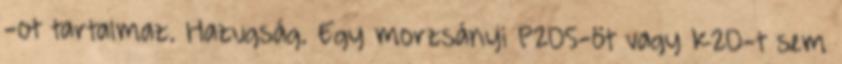
-ot tartalmaz. Hazugság. Egy morzsányi P2O5-öt vagy K2O-t sem